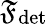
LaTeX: \mathfrak{F}_{\mathrm{{det}}}